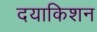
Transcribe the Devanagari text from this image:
दयाकिशन